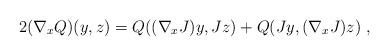
LaTeX: \begin{align*} 2(\nabla_xQ)(y,z)=Q((\nabla_xJ)y,Jz)+Q(Jy,(\nabla_xJ)z) \ ,\end{align*}